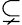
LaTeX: \subsetneq